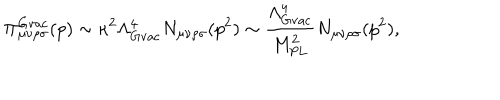
\Pi _ { \mu \nu \rho \sigma } ^ { \mathrm { \mathrm { G v a c } } } ( p ) \sim \kappa ^ { 2 } \Lambda _ { \mathrm { G v a c } } ^ { 4 } N _ { \mu \nu \rho \sigma } ( p ^ { 2 } ) \sim \frac { \Lambda _ { \mathrm { G v a c } } ^ { 4 } } { M _ { \mathrm { P L } } ^ { 2 } } N _ { \mu \nu \rho \sigma } ( p ^ { 2 } ) ,